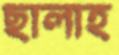
ছালাহ